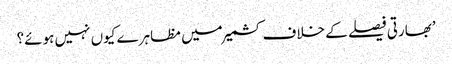
’بھارتی فیصلے کے خلاف کشمیر میں مظاہرے کیوں نہیں ہوئے؟